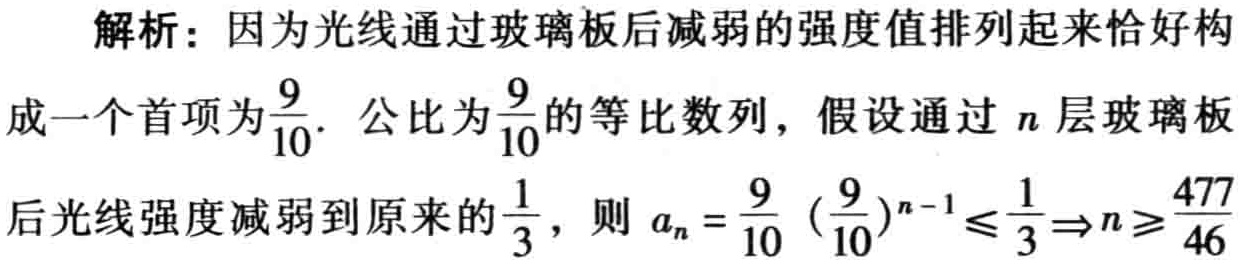
解析：因为光线通过玻璃板后减弱的强度值排列起来恰好构成一个首项为$\frac{9}{10}$，公比为$\frac{9}{10}$的等比数列，假设通过$n$层玻璃板后光线强度减弱到原来的$\frac{1}{3}$，则$a_{n}=\frac{9}{10}(\frac{9}{10})^{n - 1} \leq \frac{1}{3} \Rightarrow n \geq \frac{477}{46}$